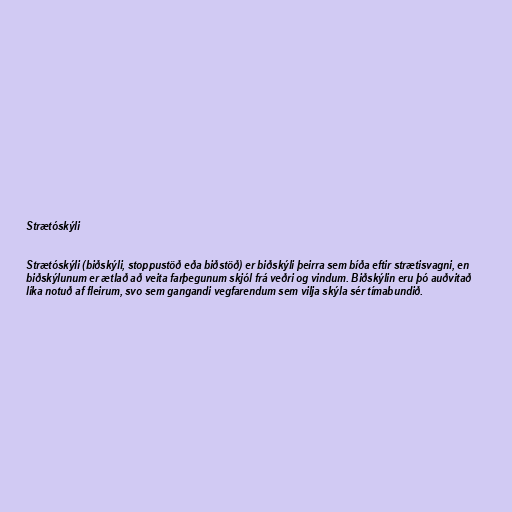
Strætóskýli

Strætóskýli (biðskýli, stoppustöð eða biðstöð) er biðskýli þeirra sem bíða eftir strætisvagni, en
biðskýlunum er ætlað að veita farþegunum skjól frá veðri og vindum. Biðskýlin eru þó auðvitað
líka notuð af fleirum, svo sem gangandi vegfarendum sem vilja skýla sér tímabundið.